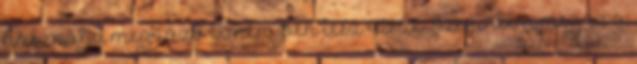
használja megrázó élményben lesz része „Szerintem meg ez a